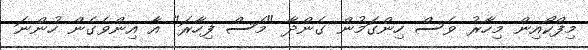
މިފްކޯއިން މިހާރު ވެސް ހިންގަމުން ގެންދާ "މަސް ފިހާރަ" އާ އިންވެގެން ހުންނަ